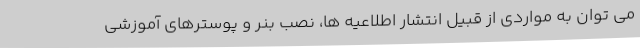
می توان به مواردی از قبیل انتشار اطلاعیه ها، نصب بنر و پوسترهای آموزشی